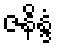
ဇနိန္ဒံ